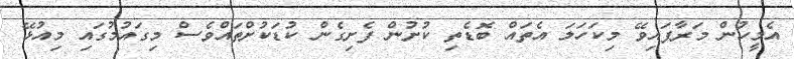
އެމީހުން މަރާފައިވޭ މިކަހަލަ އެތައް ބޮޑެތި ކުށުން ފެށިގެން ކުޑަކުށްތައްވެސް މިގައުމުގައި މިއުޅޭ